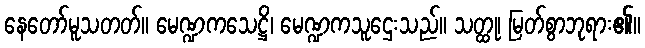
နေတော်မူသတတ်။ မေဏ္ဍကသေဋ္ဌိ၊ မေဏ္ဍကသူဌေးသည်။ သတ္ထု၊ မြတ်စွာဘုရား၏။